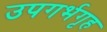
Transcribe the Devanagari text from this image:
उपगर्भगृह